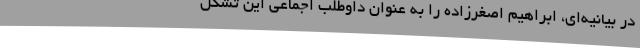
در بیانیه‌ای، ابراهیم اصغرزاده را به‌ عنوان داوطلب اجماعی این تشکل